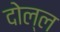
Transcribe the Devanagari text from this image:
दोल्ल